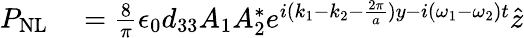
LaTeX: \begin{array}{rl}{P_{\mathrm{NL}}}&{{}=\frac{8}{\pi}\epsilon_{0}d_{33}A_{1}A_{2}^{*}e^{i(k_{1}-k_{2}-\frac{2\pi}{a})y-i(\omega_{1}-\omega_{2})t}\hat{z}}\end{array}